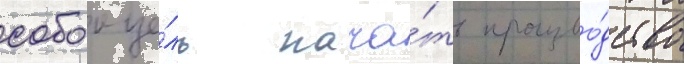
собои це́ль нача́ть произво́дство